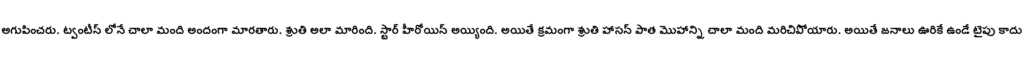
అగుపించరు. ట్వంటీస్ లోనే చాలా మంది అందంగా మారతారు. శ్రుతి అలా మారింది. స్టార్ హీరోయిన్ అయ్యింది. అయితే క్రమంగా శ్రుతి హాసన్ పాత మొహాన్ని చాలా మంది మరిచిపోయారు. అయితే జనాలు ఊరికే ఉండే టైపు కాదు